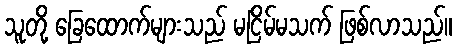
သူတို့ ခြေထောက်များသည် မငြိမ်မသက် ဖြစ်လာသည်။